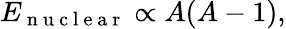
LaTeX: E_{\mathrm{~n~u~c~l~e~a~r~}}\propto A(A-1),